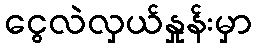
ငွေလဲလှယ်နှုန်းမှာ